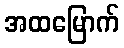
အထမြောက်